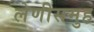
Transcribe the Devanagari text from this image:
लेणीसमुह